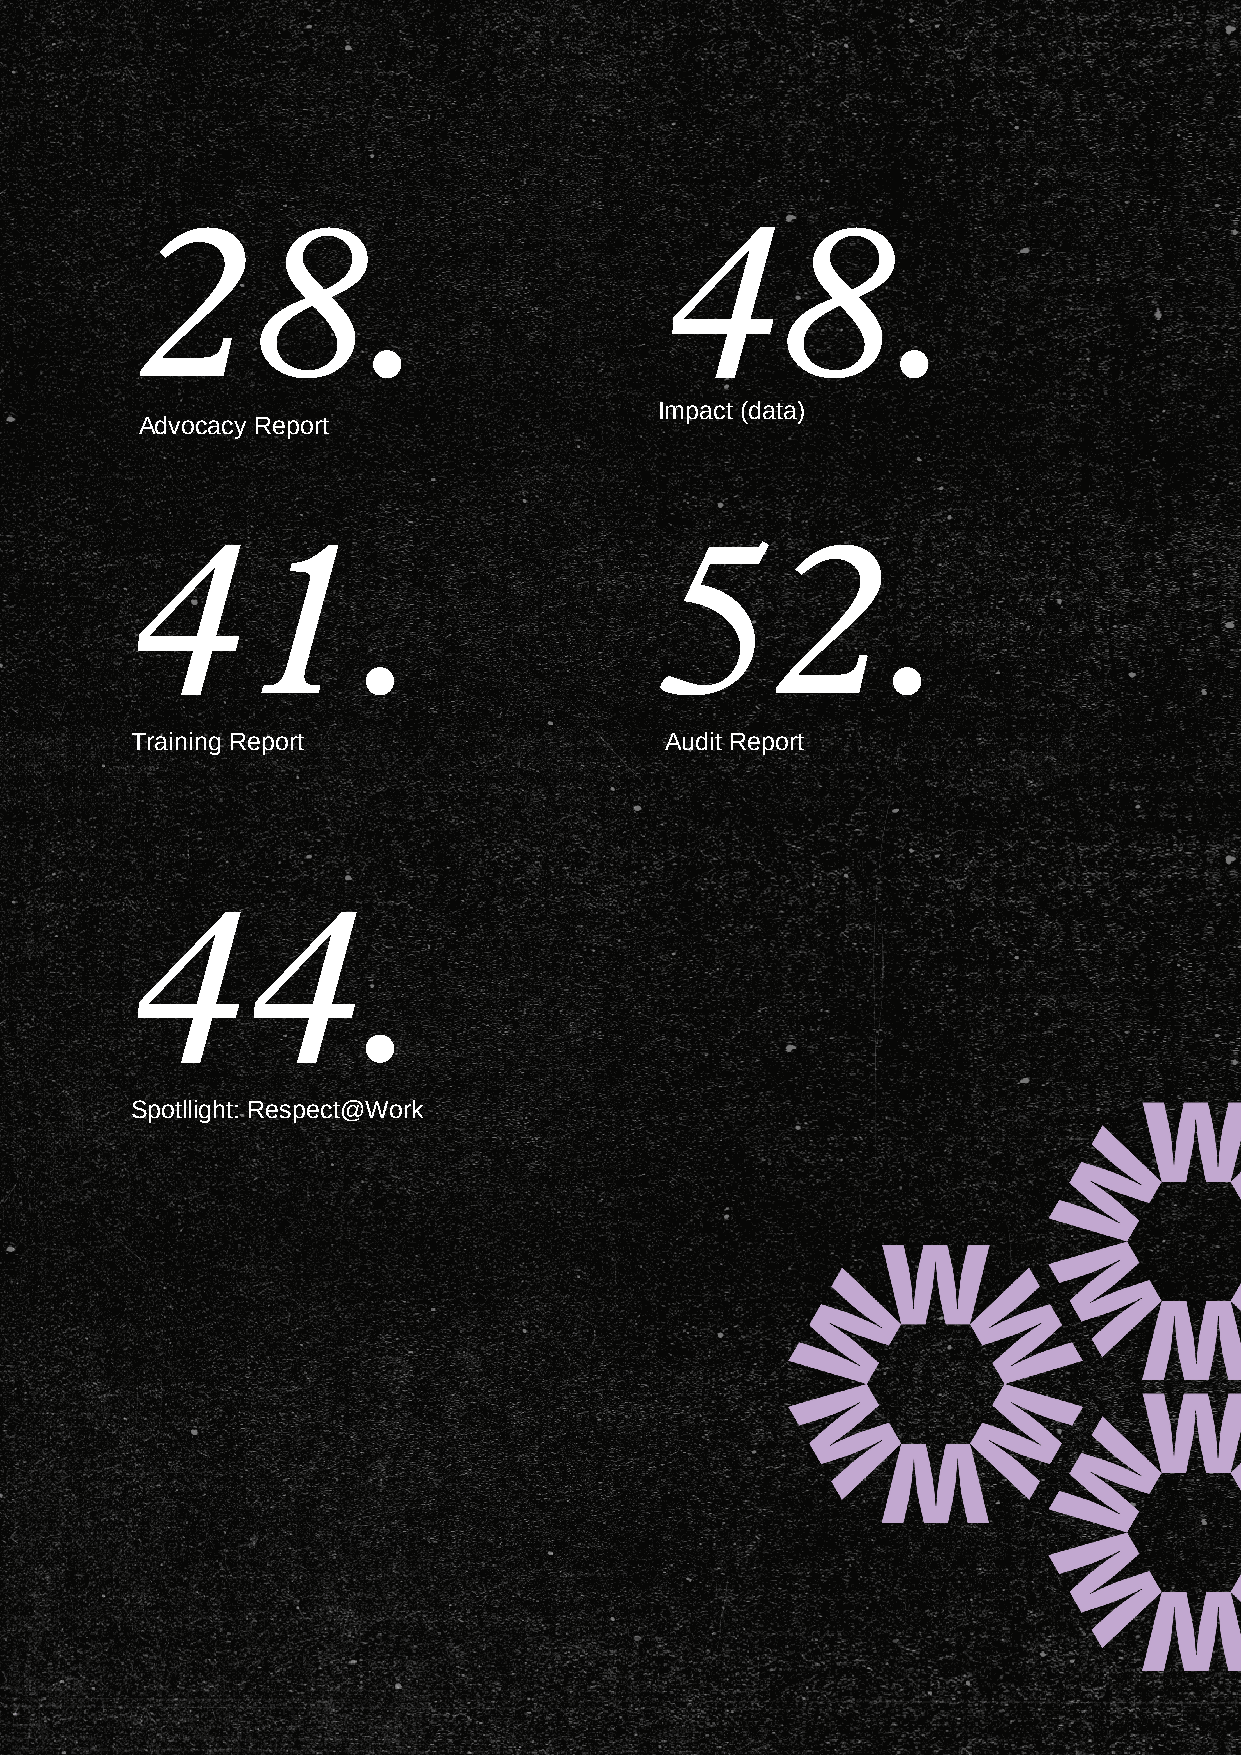
28.                                48.
 Impact (data)
 Advocacy Report
 41.                                52.
 Training Report                    Audit Report
 44.
 Spotllight: Respect@Work